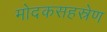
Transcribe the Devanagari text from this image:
मोदकसहस्रेण